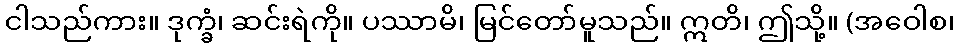
ငါသည်ကား။ ဒုက္ခံ၊ ဆင်းရဲကို။ ပဿာမိ၊ မြင်တော်မူသည်။ ဣတိ၊ ဤသို့။ (အဝေါစ၊